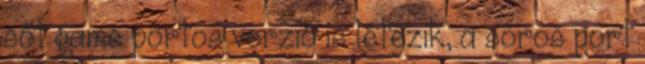
sőt game portos verzió is létezik, a soros port